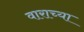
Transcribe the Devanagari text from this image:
वाराच्या